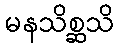
မနသိစ္ဆသိ